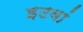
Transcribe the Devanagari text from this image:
इटवां